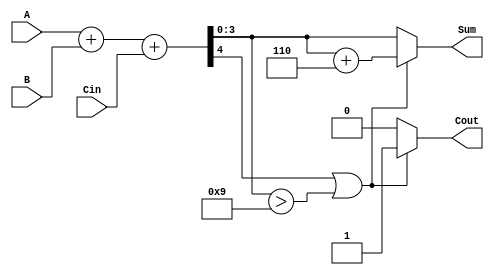
module BCD_Parallel_Adder (
    input  [3:0] A,      // First BCD digit
    input  [3:0] B,      // Second BCD digit
    input        Cin,     // Carry-in
    output reg [3:0] Sum, // Resulting BCD digit
    output reg Cout       // Carry-out
);

    wire [4:0] S;        // 5-bit sum to accommodate overflow
    wire correction_needed; // Flag to indicate if correction is needed

    // Step 1: Add A, B and Cin
    assign S = A + B + Cin;

    // Step 2: Check if correction is needed
    assign correction_needed = S[4] || (S[3:0] > 4'b1001);

    // Step 3: Compute the final BCD result
    always @(*) begin
        if (correction_needed) begin
            Sum = S[3:0] + 4'b0110; // Add 6 for correction
            Cout = 1;               // Set carry-out
        end else begin
            Sum = S[3:0];           // No correction needed
            Cout = 0;               // No carry-out
        end
    end

endmodule